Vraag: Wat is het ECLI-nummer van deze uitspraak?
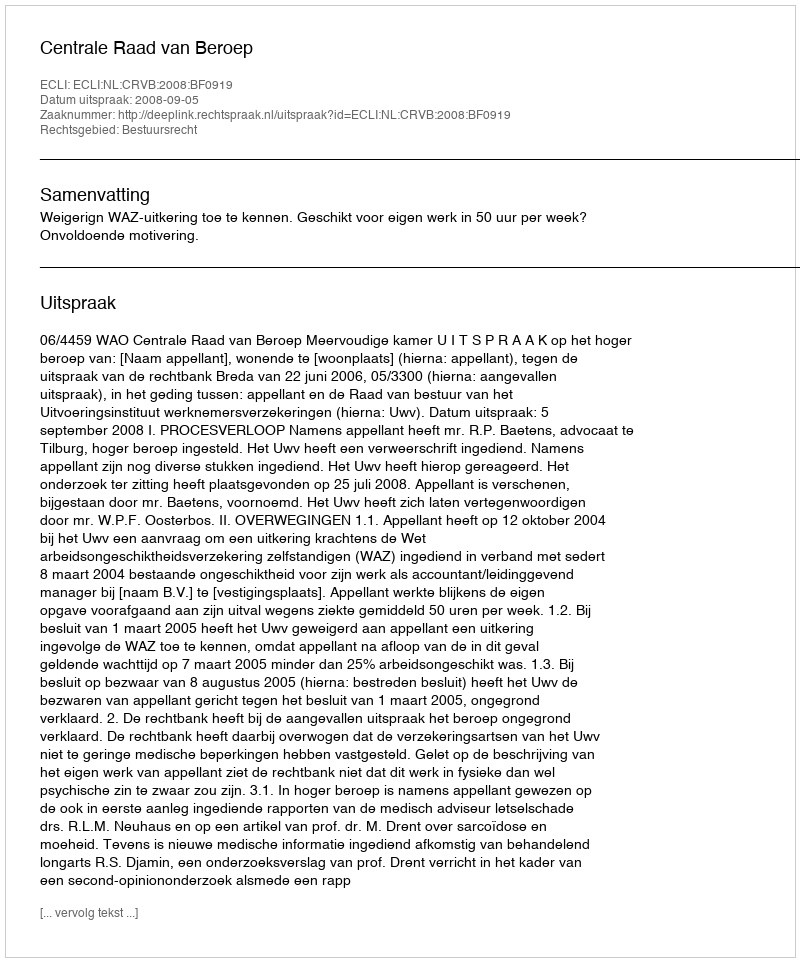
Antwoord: ECLI:NL:CRVB:2008:BF0919